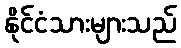
နိုင်ငံသားများသည်